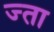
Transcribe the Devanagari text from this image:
ज्ता